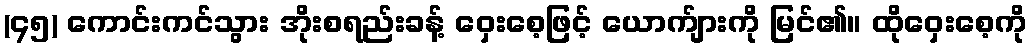
(၄၅) ကောင်းကင်သွား အိုးစရည်းခန့် ဝှေးစေ့ဖြင့် ယောက်ျားကို မြင်၏။ ထိုဝှေးစေ့ကို